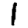
Digit: 1